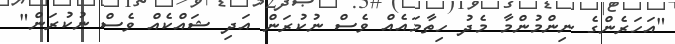
"އަހަރެންގެ ނިންމުންމާ މެދު ހިތާމައެއް ވެސް ނުކުރަން އަދި ޝައްކެއް ވެސް ނުކުރަން"